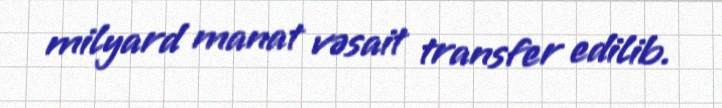
milyard manat vəsait transfer edilib.